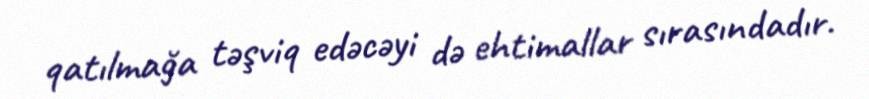
qatılmağa təşviq edəcəyi də ehtimallar sırasındadır.